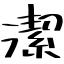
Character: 潔